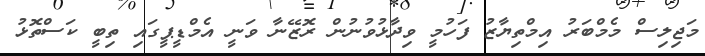
މަޖިލިސް މެމްބަރު އިމްތިޔާޒު ފަހުމީ ވިދާޅުވުުނުން ރޮޒޭނާ ވަނީ އެމްޑީޕީގައި ތިބީ ކަސްތޮޅު